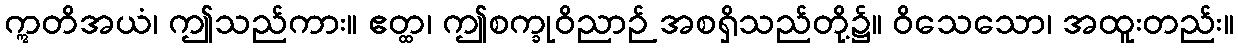
ဣတိအယံ၊ ဤသည်ကား။ ဧတ္ထ၊ ဤစက္ခုဝိညာဉ် အစရှိသည်တို့၌။ ဝိသေသော၊ အထူးတည်း။